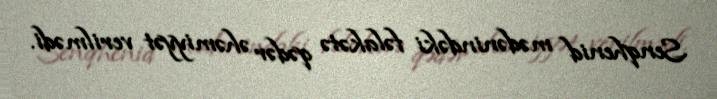
Senqhenid mədənindəki fəlakətə qədər əhəmiyyət verilmədi.